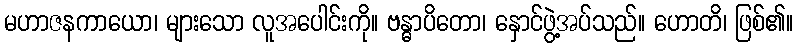
မဟာဇနကာယော၊ များသော လူအပေါင်းကို။ ဗန္ဓာပိတော၊ နှောင်ဖွဲ့အပ်သည်။ ဟောတိ၊ ဖြစ်၏။